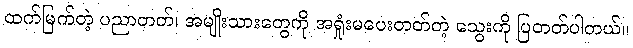
ထက်မြက်တဲ့ ပညာတတ်၊ အမျိုးသားတွေကို အရှုံးမပေးတတ်တဲ့ သွေးကို ပြတတ်ပါတယ်။